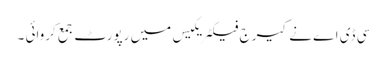
سی ڈی اے نے کیرج فیکٹریکیس میں رپورٹ جمع کروائی ۔